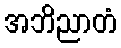
အဘိညာတံ